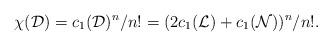
LaTeX: \begin{align*} \chi(\mathcal{D}) =c_1(\mathcal{D})^n/n! =(2c_1(\mathcal{L}) + c_1(\mathcal{N}))^n/n!.\end{align*}